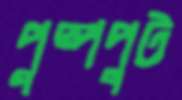
পুষ্পপুট